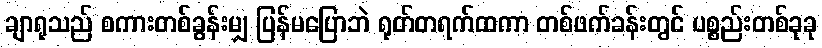
ချာရုသည် စကားတစ်ခွန်းမျှ ပြန်မပြောဘဲ ရုတ်တရက်ထကာ တစ်ဖက်ခန်းတွင် ပစ္စည်းတစ်ခုခု